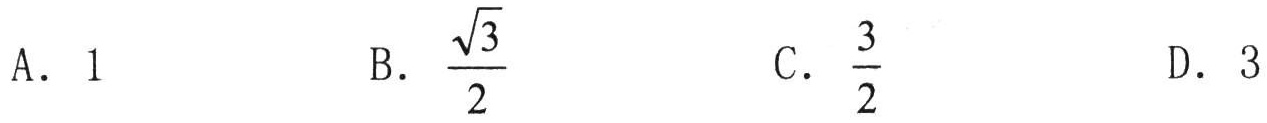
A. \(1\)
B. \(\dfrac{\sqrt{3}}{2}\)
C. \(\dfrac{3}{2}\)
D. \(3\)